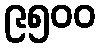
၉၅၀၀